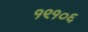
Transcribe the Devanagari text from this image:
१९१०६